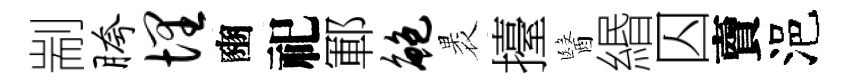
剬胯埋豳祀鄆鲍褁擡醫緡囚𧶠浥